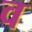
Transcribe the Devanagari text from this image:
व